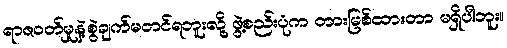
ရာဇဝတ်မှုနဲ့စွဲချက်မတင်ရဘူးလို့ ဖွဲ့စည်းပုံက တားမြစ်ထားတာ မရှိပါဘူး။